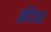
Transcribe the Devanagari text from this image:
क्रीजर